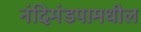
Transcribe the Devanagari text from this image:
नंदिमंडपामधील